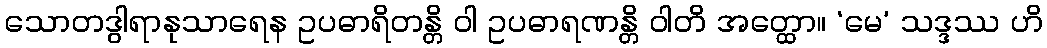
သောတဒွါရာနုသာရေန ဥပဓာရိတန္တိ ဝါ ဥပဓာရဏန္တိ ဝါတိ အတ္ထော။ ‘မေ’ သဒ္ဒဿ ဟိ